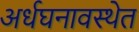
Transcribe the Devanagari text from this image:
अर्धघनावस्थेत